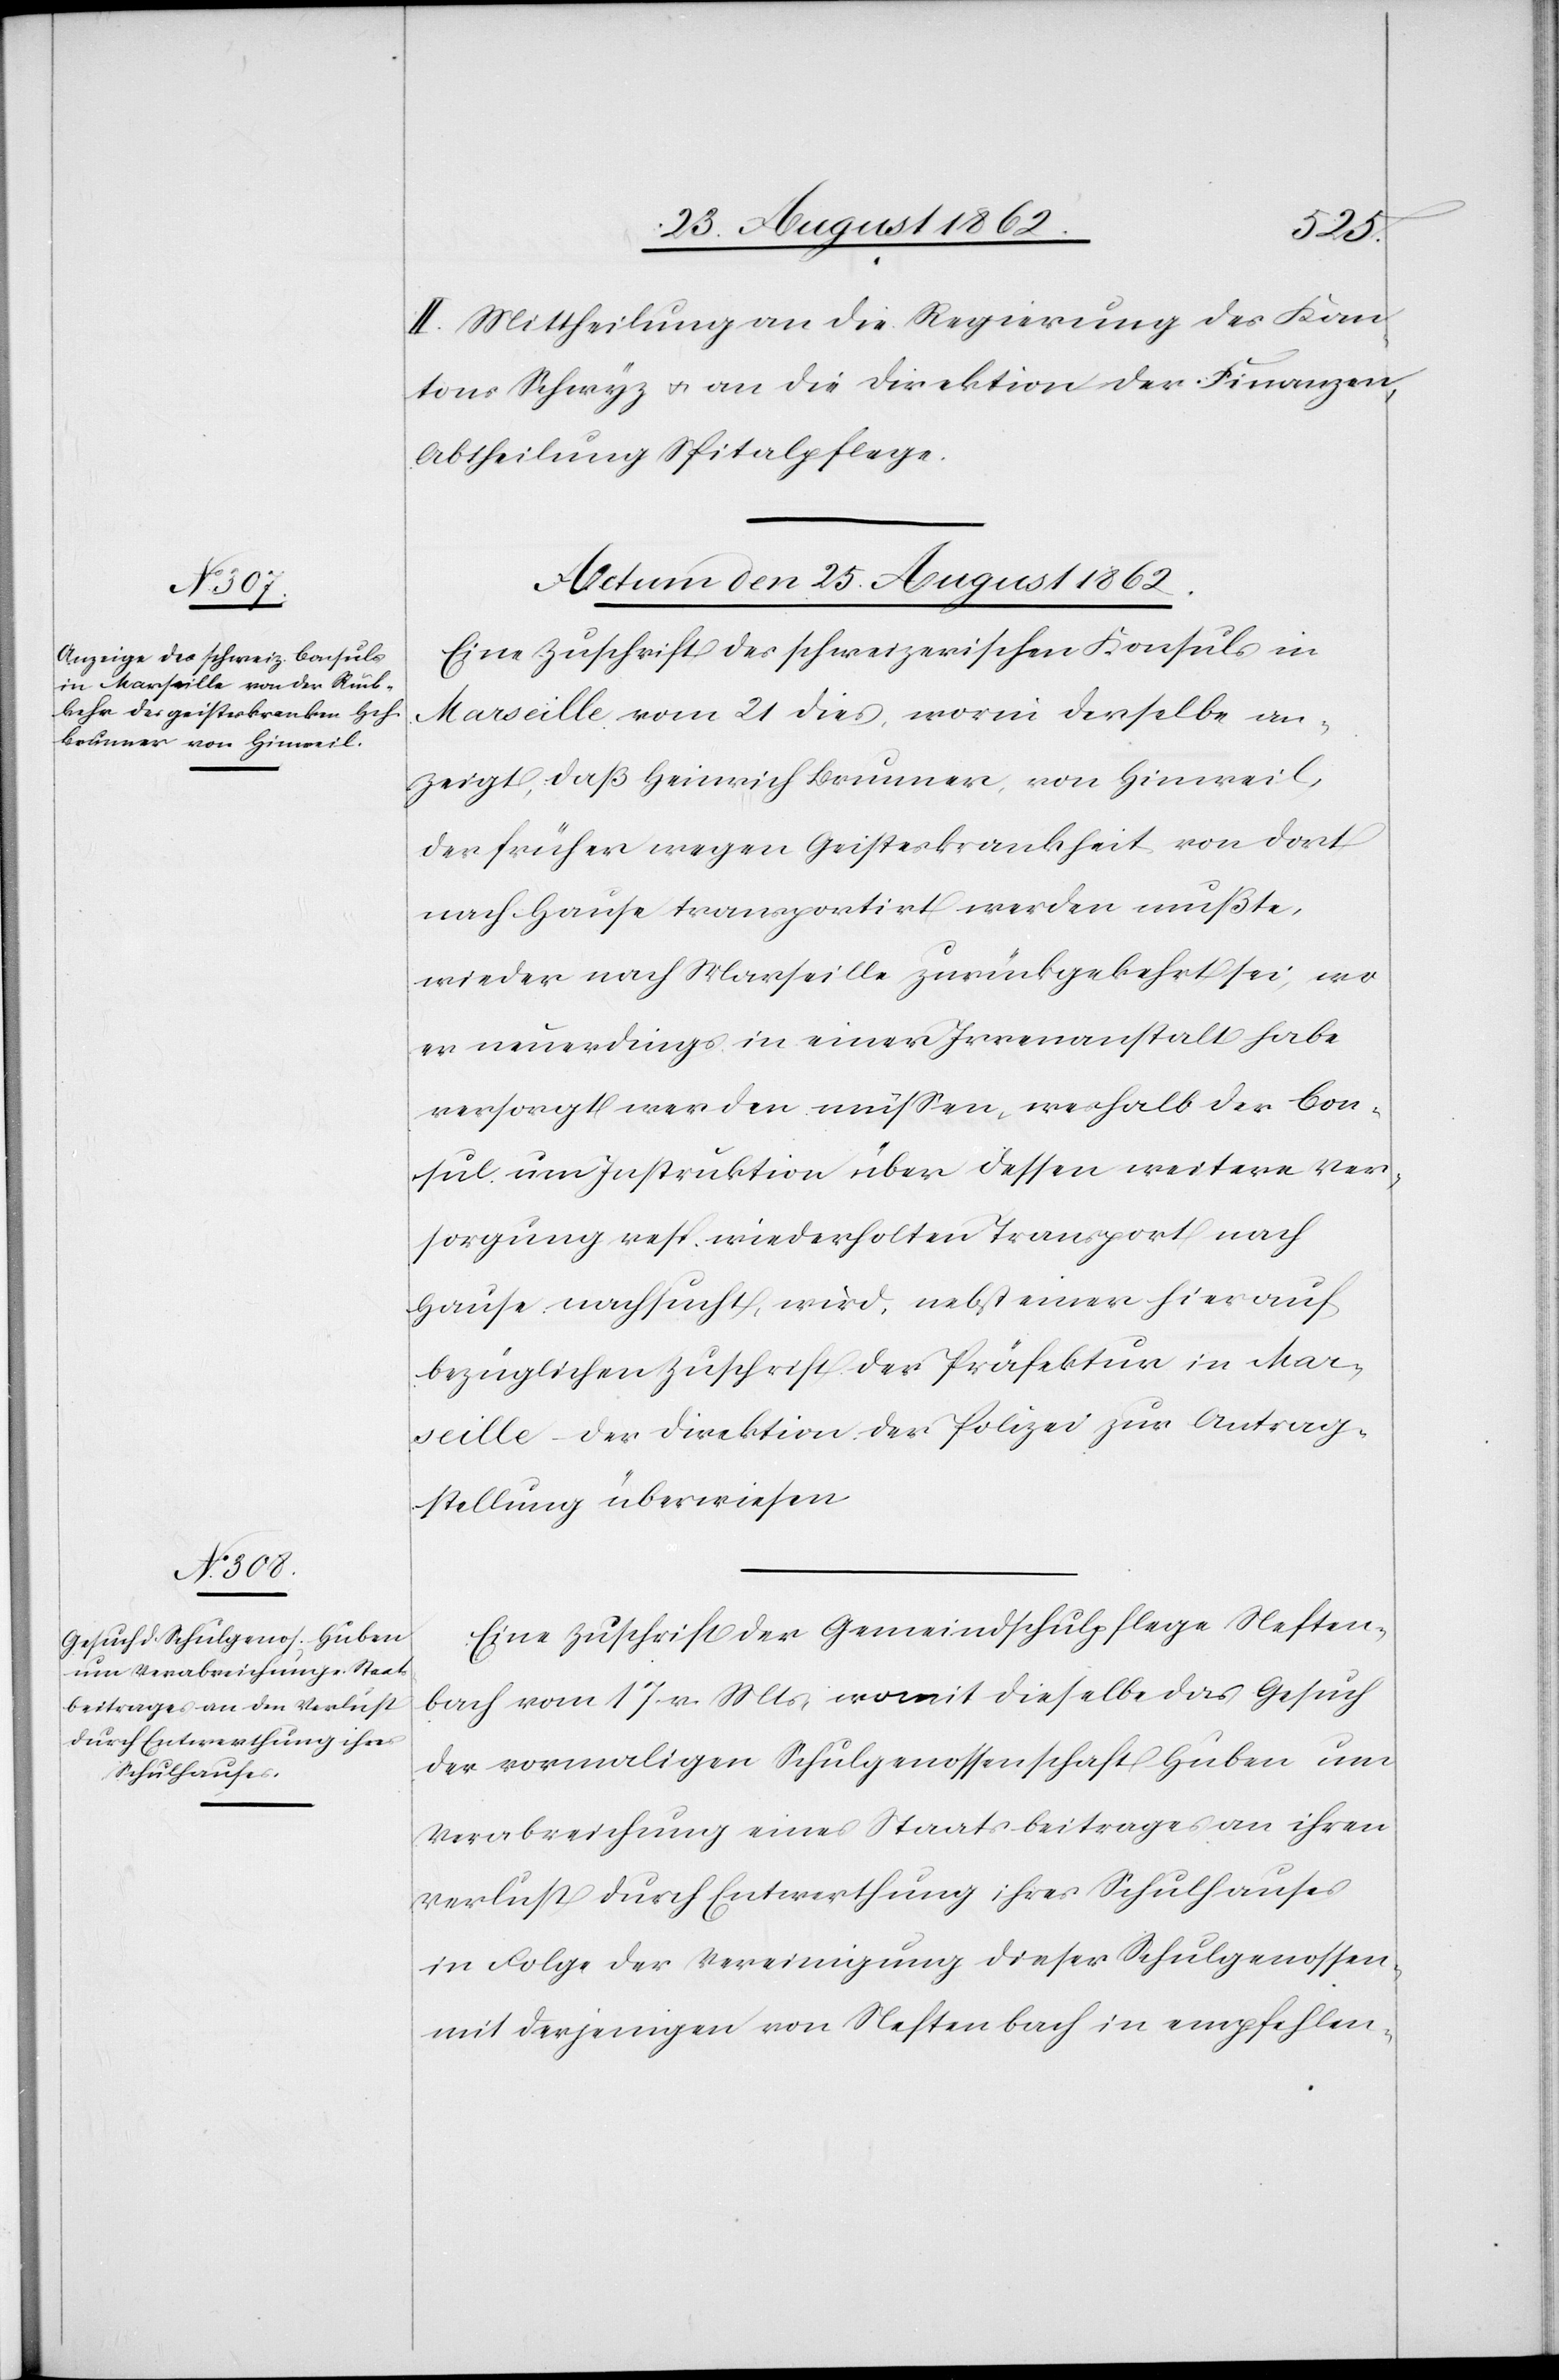
II. Mittheilung an die Regierung des Kan¬
tons Schwyz u. an die Direktion der Finanzen,
Abtheilung Spitalpflege.
Actum den 25. August 1862.]
Eine Zuschrift des schweizerischen Konsuls in
Marseille vom 21. dies, worin derselbe an¬
zeigt, daß Heinrich Brunner, von Hinweil,
der früher wegen Geisteskrankheit von dort
nach Hause transportirt werden mußte,
wieder nach Marseille zurückgekehrt sei, wo
er neuerdings in einer Irrenanstalt habe
versorgt werden müßen, weshalb der Con¬
sul um Instruktion über dessen weitere Ver¬
sorgung resp. wiederholten Transport nach
Hause nachsucht, wird, nebst einer hierauf
bezüglichen Zuschrift der Präfektur in Mar¬
seille – der Direktion der Polizei zur Antrag¬
stellung überwiesen.
Eine Zuschrift der Gemeindschulpflege Neften¬
bach vom 17. v. Mts., womit dieselbe das Gesuch
der vormaligen Schulgenossenschaft Huben um
Verabreichung eines Staatsbeitrages an ihren
Verlust durch Entwerthung ihres Schulhauses
in Folge der Vereinigung dieser Schulgenossen,
mit derjenigen von Neftenbach in empfehlen-